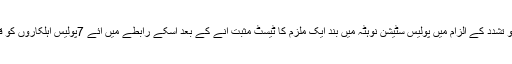
واضح رہے کہ گھریلو تشدد کے الزام میں پولیس سٹیشن نوہٹہ میں بند ایک ملزم کا ٹیسٹ مثبت آنے کے بعد اسکے رابطے میں آئے 7پولیس اہلکاروں کو قرنطین کر لیا گیا ہے۔